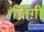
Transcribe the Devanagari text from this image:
ज़िग़ी